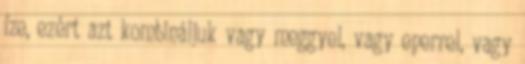
íze, ezért azt kombináljuk vagy meggyel, vagy eperrel, vagy